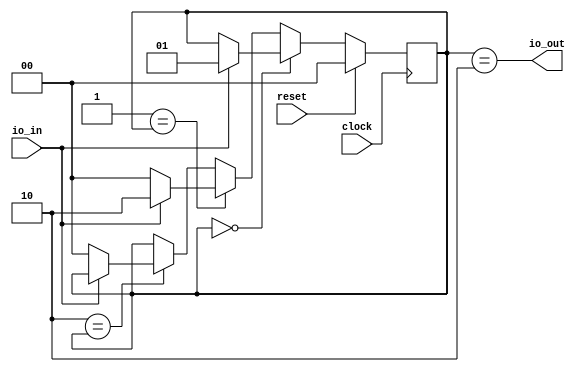
module DetectTwoOnes(
  input   clock,
  input   reset,
  input   io_in, // @[src/main/scala/DetectTwoOnes.scala 6:14]
  output  io_out // @[src/main/scala/DetectTwoOnes.scala 6:14]
);
  reg [1:0] state; // @[src/main/scala/DetectTwoOnes.scala 15:22]
  wire [1:0] _GEN_2 = ~io_in ? 2'h0 : state; // @[src/main/scala/DetectTwoOnes.scala 33:20 34:15 15:22]
  assign io_out = state == 2'h2; // @[src/main/scala/DetectTwoOnes.scala 17:20]
  always @(posedge clock) begin
    if (reset) begin // @[src/main/scala/DetectTwoOnes.scala 15:22]
      state <= 2'h0; // @[src/main/scala/DetectTwoOnes.scala 15:22]
    end else if (2'h0 == state) begin // @[src/main/scala/DetectTwoOnes.scala 19:17]
      if (io_in) begin // @[src/main/scala/DetectTwoOnes.scala 21:19]
        state <= 2'h1; // @[src/main/scala/DetectTwoOnes.scala 22:15]
      end
    end else if (2'h1 == state) begin // @[src/main/scala/DetectTwoOnes.scala 19:17]
      if (io_in) begin // @[src/main/scala/DetectTwoOnes.scala 26:19]
        state <= 2'h2; // @[src/main/scala/DetectTwoOnes.scala 27:15]
      end else begin
        state <= 2'h0; // @[src/main/scala/DetectTwoOnes.scala 29:15]
      end
    end else if (2'h2 == state) begin // @[src/main/scala/DetectTwoOnes.scala 19:17]
      state <= _GEN_2;
    end
  end
endmodule